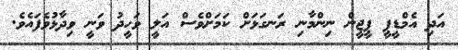
އަދި އެމްޑީޕީ ޕީޖީން ނިންމާނި ރަނގަޅަށް ކަމަށްވެސް އަލީ ވަހީދު ވަނީ ވިދާޅުވެފައެވެ.